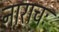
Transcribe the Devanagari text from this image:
नाराचः